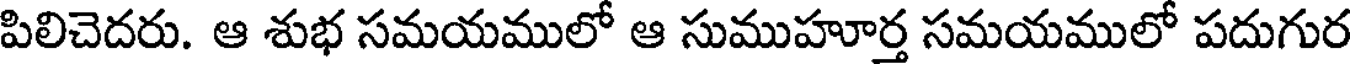
పిలిచెదరు. ఆ శుభ సమయములో ఆ సుముహూర్త సమయములో పదుగుర